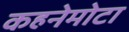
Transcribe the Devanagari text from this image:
कहनेमोटा